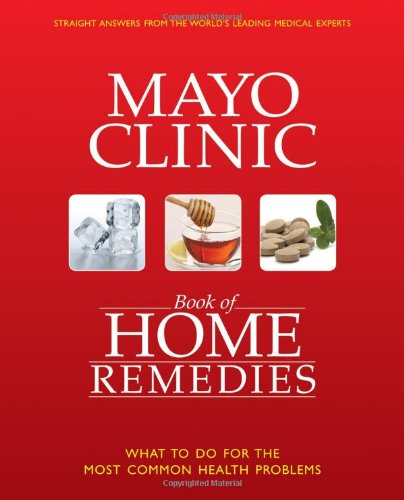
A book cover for The Mayo Clinic Book of Home Remedies: What to Do For The Most Common Health Problems; Mayo Clinic; Health, Fitness & Dieting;